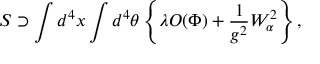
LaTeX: S \supset \int d ^ { 4 } x \int d ^ { 4 } \theta \left\{ \lambda { \cal O } ( \Phi ) + { \frac { 1 } { g ^ { 2 } } } W _ { \alpha } ^ { 2 } \right\} ,